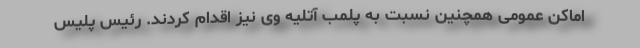
اماکن عمومی همچنین نسبت به پلمب آتلیه وی نیز اقدام کردند. رئیس پلیس